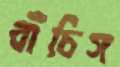
বাঁচিস